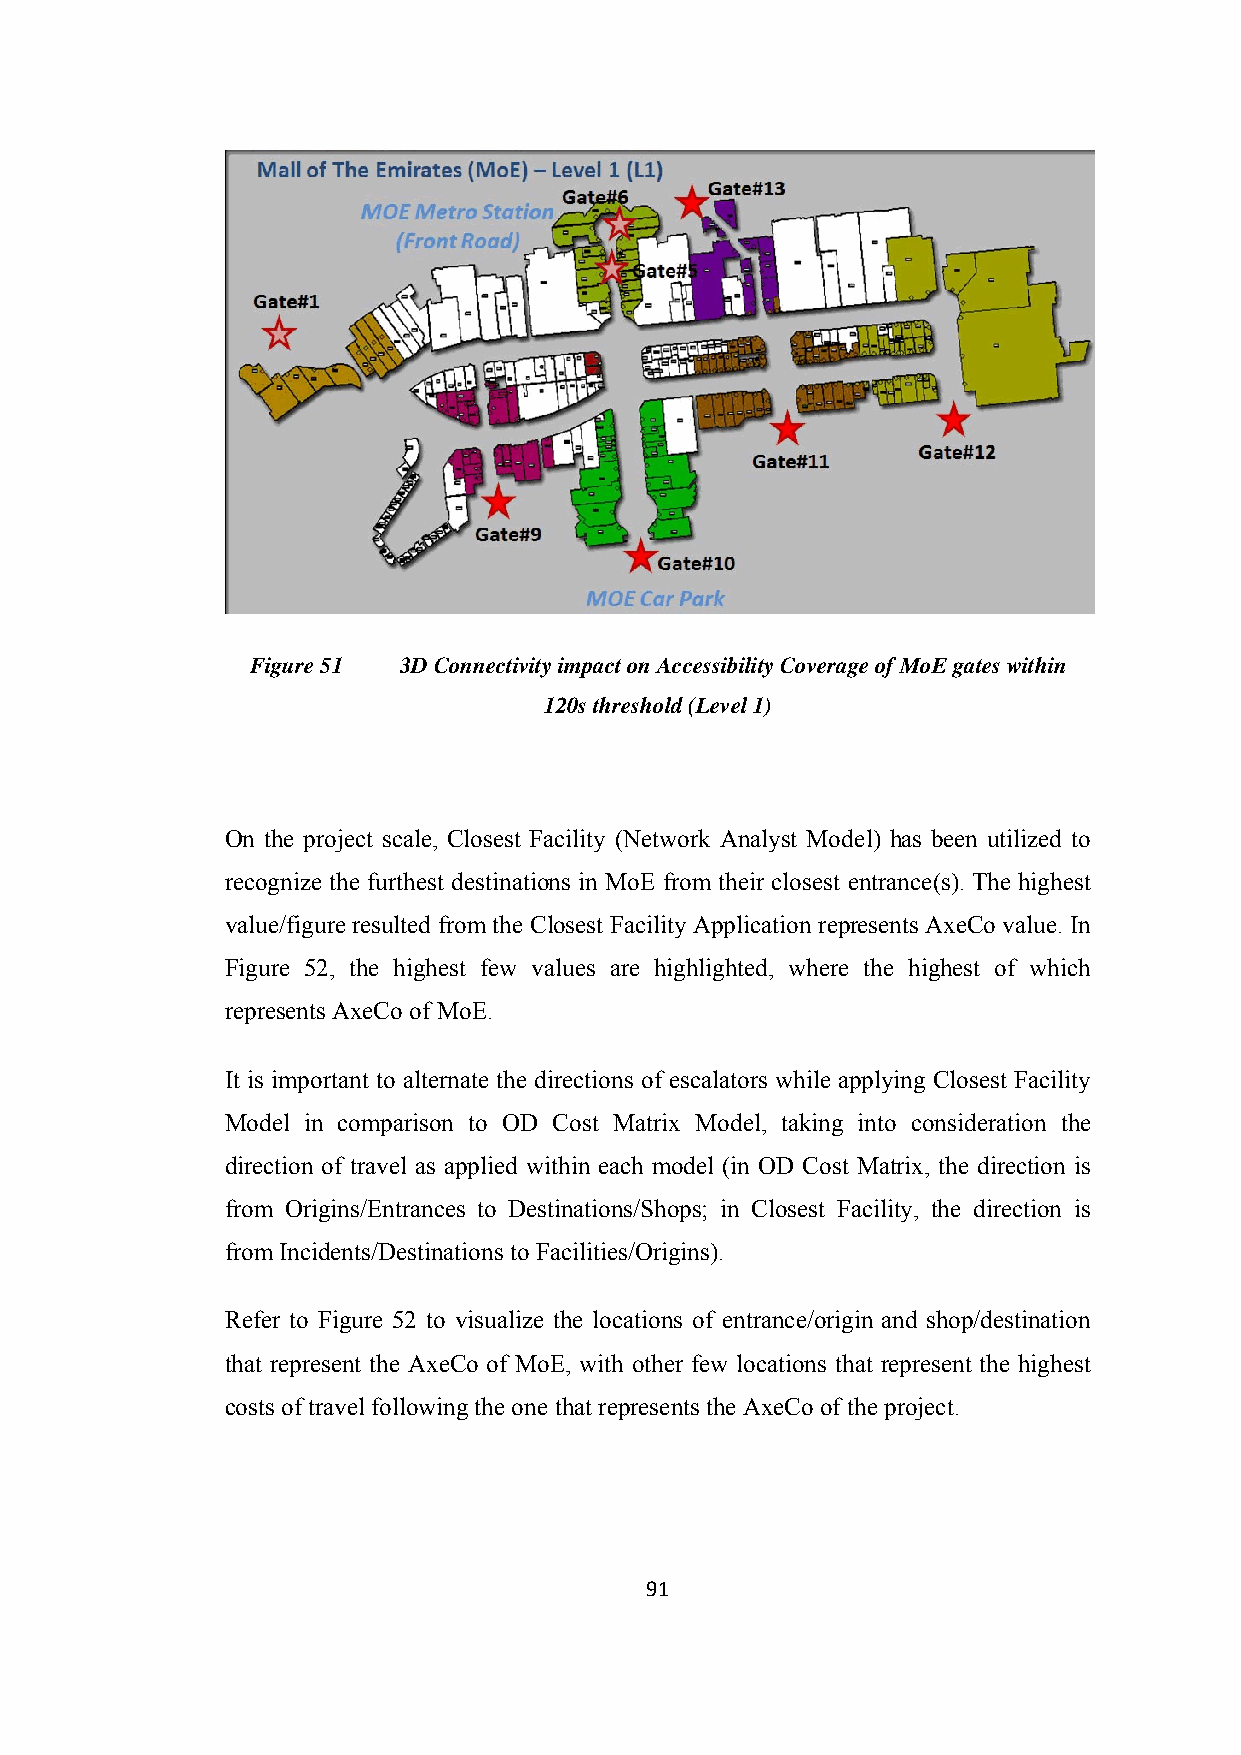
Figure 51 3D Connectivity impact on Accessibility Coverage of MoE gates within
 120s threshold (Level 1)
 On the project scale, Closest Facility (Network Analyst Model) has been utilized to
 recognize the furthest destinations in MoE from their closest entrance(s). The highest
 value/figure resulted from the Closest Facility Application represents AxeCo value. In
 Figure 52, the highest few values are highlighted, where the highest of which
 represents AxeCo of MoE.
 It is important to alternate the directions of escalators while applying Closest Facility
 Model in comparison to OD Cost Matrix Model, taking into consideration the
 direction of travel as applied within each model (in OD Cost Matrix, the direction is
 from Origins/Entrances to Destinations/Shops; in Closest Facility, the direction is
 from Incidents/Destinations to Facilities/Origins).
 Refer to Figure 52 to visualize the locations of entrance/origin and shop/destination
 that represent the AxeCo of MoE, with other few locations that represent the highest
 costs of travel following the one that represents the AxeCo of the project.
 91